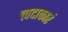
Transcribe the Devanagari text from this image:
त्त्वदाकारं